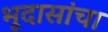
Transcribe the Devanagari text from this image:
भूदासांचा